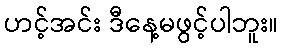
ဟင့်အင်း ဒီနေ့မဖွင့်ပါဘူး။